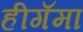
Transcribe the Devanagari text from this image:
हीगॅमा